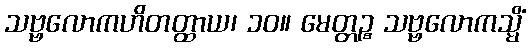
သဗ္ဗလောကဟိတတ္ထာယ၊ ၁၀။ မေတ္တဉ္စ သဗ္ဗလောကသ္မိံ